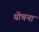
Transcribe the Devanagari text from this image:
योचना